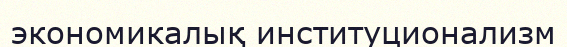
экономикалық институционализм